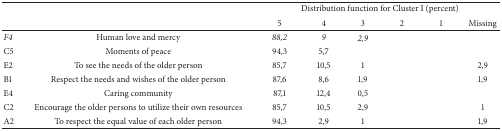
<table><thead><tr><td><b> </b></td><td><b> </b></td><td colspan="6"><b>Distribution function for Cluster I (percent)</b></td></tr><tr><td><b> </b></td><td><b> </b></td><td><b>5</b></td><td><b>4</b></td><td><b>3</b></td><td><b>2</b></td><td><b>1</b></td><td><b>Missing </b></td></tr></thead><tbody><tr><td><i>F4 </i></td><td>Human love and mercy</td><td><i>88,2 </i></td><td><i>9 </i></td><td> <i>2,9 </i></td><td> </td><td> </td><td> </td></tr><tr><td>C5</td><td>Moments of peace</td><td>94,3</td><td>5,7</td><td> </td><td> </td><td> </td><td> </td></tr><tr><td>E2</td><td>To see the needs of the older person</td><td>85,7</td><td>10,5</td><td>1</td><td> </td><td> </td><td>2,9</td></tr><tr><td>B1</td><td>Respect the needs and wishes of the older person</td><td>87,6</td><td>8,6</td><td>1,9</td><td> </td><td> </td><td>1,9</td></tr><tr><td>E4</td><td>Caring community</td><td>87,1</td><td>12,4</td><td>0,5</td><td> </td><td> </td><td></td></tr><tr><td>C2</td><td>Encourage the older persons to utilize their own resources</td><td>85,7</td><td>10,5</td><td>2,9</td><td> </td><td> </td><td>1</td></tr><tr><td>A2</td><td>To respect the equal value of each older person</td><td>94,3</td><td>2,9</td><td>1</td><td> </td><td> </td><td>1,9</td></tr></tbody></table>